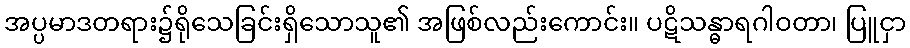
အပ္ပမာဒတရား၌ရိုသေခြင်းရှိသောသူ၏ အဖြစ်လည်းကောင်း။ ပဋိသန္ဓာရဂါဝတာ၊ ပြူငှာ